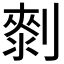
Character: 𠟴